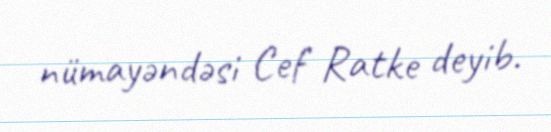
nümayəndəsi Cef Ratke deyib.